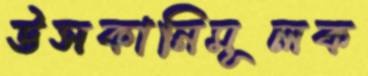
উসকানিমূলক